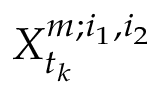
X _ { t _ { k } } ^ { m ; i _ { 1 } , i _ { 2 } }